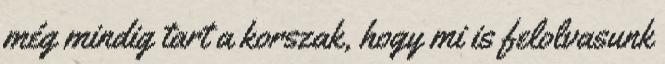
még mindig tart a korszak, hogy mi is felolvasunk